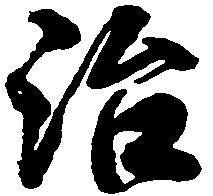
治